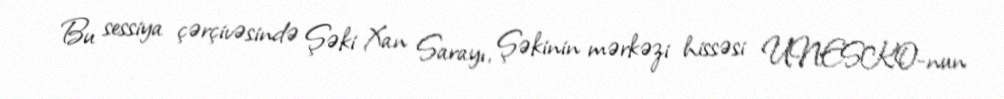
Bu sessiya çərçivəsində Şəki Xan Sarayı, Şəkinin mərkəzi hissəsi UNESKO-nun